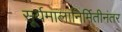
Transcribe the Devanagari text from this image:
सूर्यमालानिर्मितीनंतर